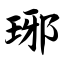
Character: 琊